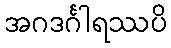
အဂဒင်္ဂါရဿပိ